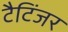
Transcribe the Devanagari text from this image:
टैटिंजर